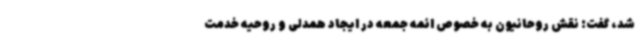
شد، گفت: نقش روحانیون به خصوص ائمه جمعه در ایجاد همدلی و روحیه خدمت